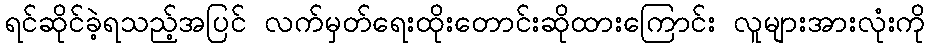
ရင်ဆိုင်ခဲ့ရသည့်အပြင် လက်မှတ်ရေးထိုးတောင်းဆိုထားကြောင်း လူများအားလုံးကို